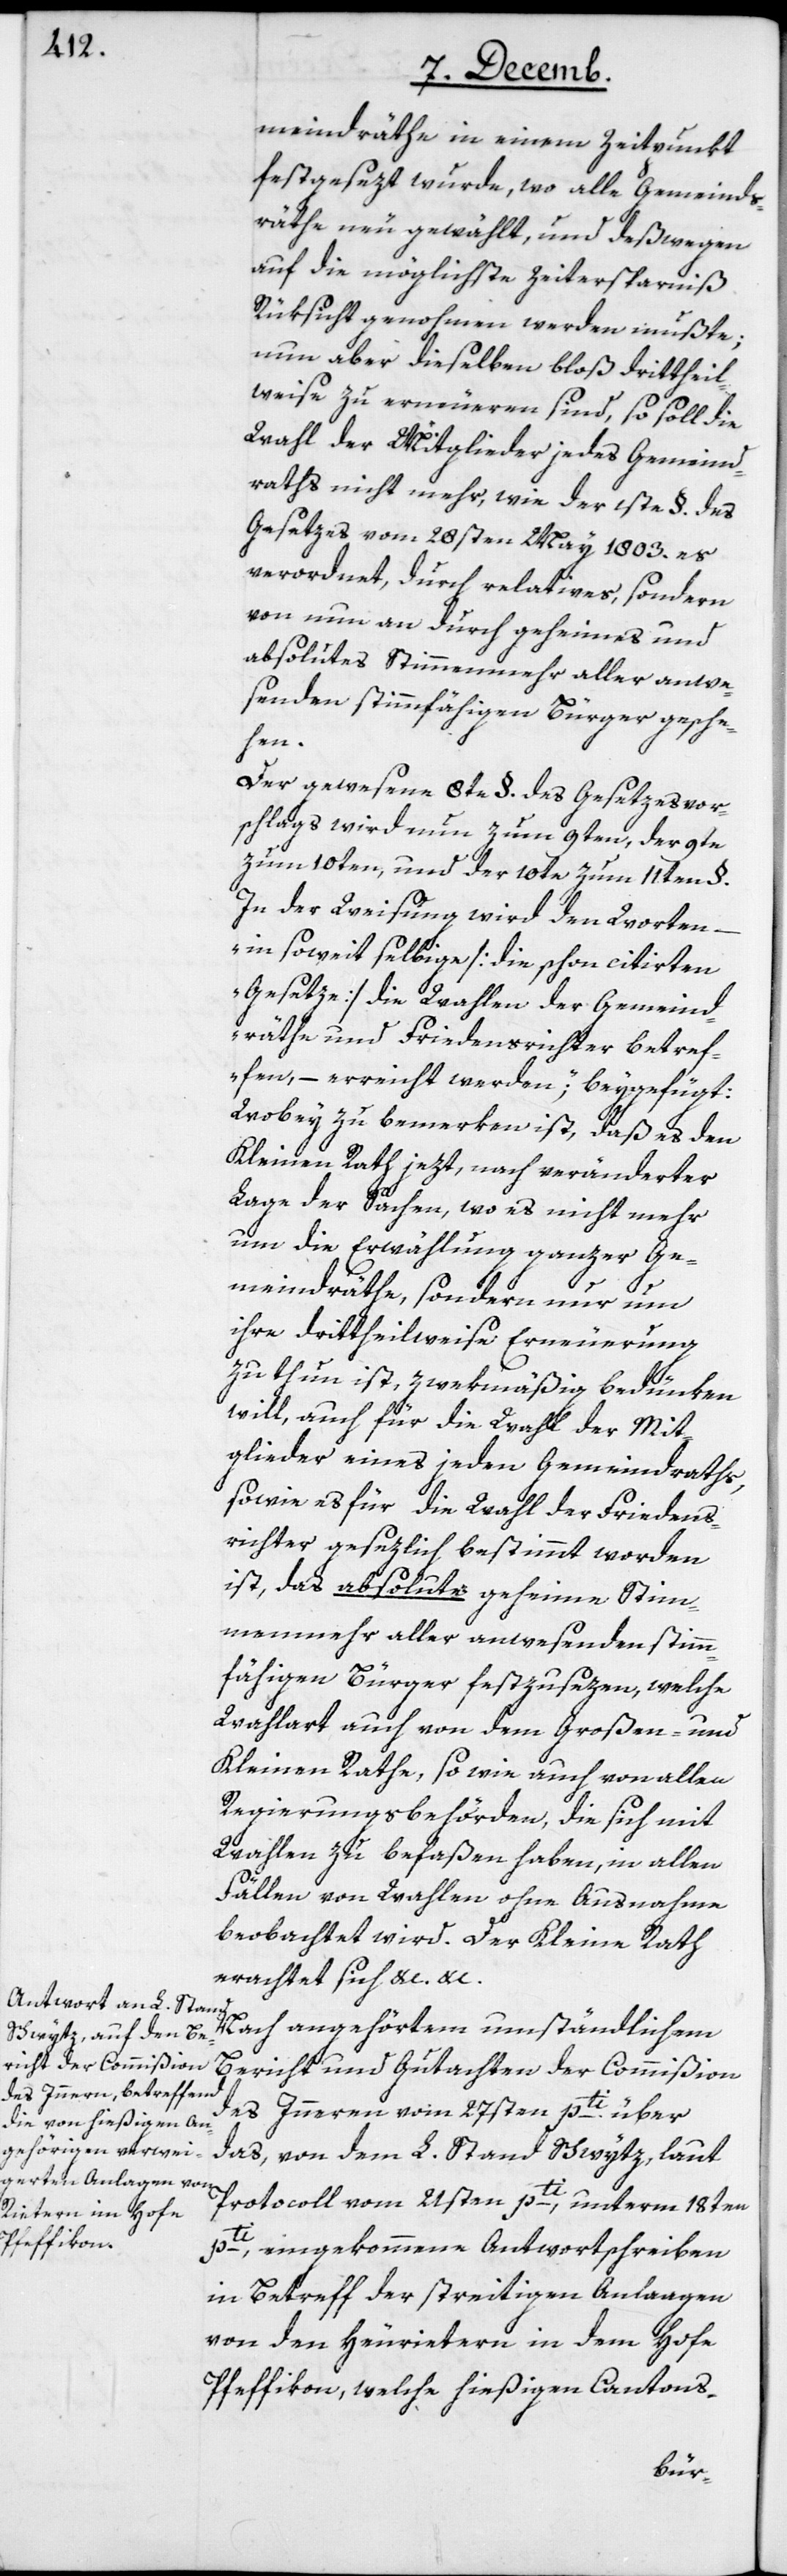
meindräthe in einem Zeitpunkt
festgesezt wurde, wo alle Gemeinds¬
räthe neu gewählt, und deswegen
auf die möglichste Zeitersparniß
Rüksicht genohmen werden mußte;
nun aber dieselben bloß drittheil¬
weise zu erneuern sind, so soll die
Wahl der Mitglieder jedes Gemeind¬
raths nicht mehr, wie der 1ste §. des
Gesetzes vom 28sten May 1803. es
verordnet, durch relatives, sondern
von nun an durch geheimes und
absolutes Stimmenmehr aller anwe¬
senden stimmfähigen Bürger gesche¬
hen.
Der gewesene 8te §. des Gesetzesvor¬
schlags wird nun zum 9ten, der 9te
zum 10ten, und der 10te zum 11ten §.
In der Weisung wird den Worten –
„in so weit selbige [die schon citierten
Gesetze] die Wahlen der Gemeind¬
räthe und Friedensrichter betref¬
fen, – erreicht werden“; beygefügt:
Wobey zu bemerken ist, daß es den
Kleinen Rath jezt nach veränderter
Lage der Sachen, wo es nicht mehr
um die Erwählung ganzer Ge¬
meindräthe, sondern nur um
ihre drittheilweise Erneuerung
zu thun ist, zwekmäßig bedünken
will, auch für die Wahl der Mit¬
glieder eines jeden Gemeindraths,
sowie es für die Wahl der Friedens¬
richter gesezlich bestimmt worden
ist, das absolute geheime Stim¬
menmehr aller anwesenden stimm¬
fähigen Bürger festzusezen, welche
Wahlart auch von dem Großen- und
Kleinen Rathe, sowie auch von allen
Regierungsbehörden, die sich mit
Wahlen zu befaßen haben, in allen
Fällen von Wahlen ohne Ausnahme
beobachtet wird. Der Kleine Rath
erachtet sich etc. etc.
Nach angehörtem umständlichen
Bericht und Gutachten der Commißion
des Innern vom 27sten pti. über
das, von dem L. Stand Schwytz, laut
Protocoll vom 21sten pti, unterm 18ten
pti. eingekommene Antwortschreiben
in Betreff der streitigen Anlaagen
von den Heurietern in dem Hofe
Pfeffikon, welche hießigen Cantons-